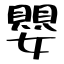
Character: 嬰